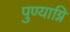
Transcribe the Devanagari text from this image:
पुण्याग्नि